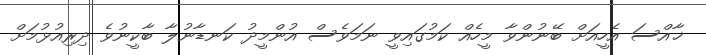
ޚާއްސަ އެހީއަށް ބޭނުންވާ މީހެއް ކަމުގައިވީ ނަމަވެސް އުންމީދު ކަނޑާނުލާ ބާކީނުވެ ދިރިއުޅުމަށް